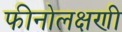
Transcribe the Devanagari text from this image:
फीनोलक्षणी